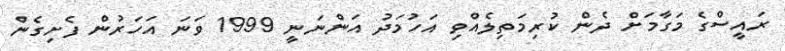
ރައީސްގެ މަގާމަށް ދެން ކުރިމަތިލެއްވި އަހުމަދު އަންނަނީ 1999 ވަނަ އަހަރުން ފެށިގެން